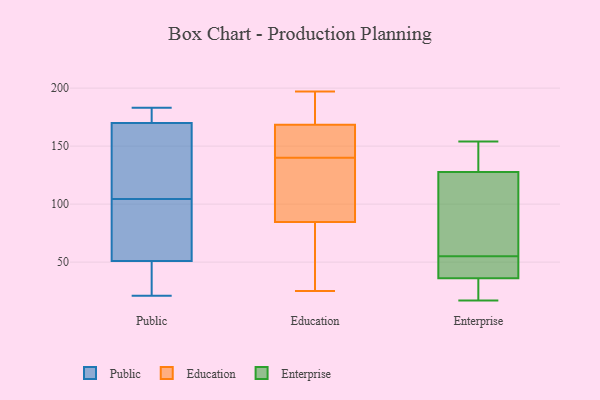
{"axis": {"x": "Active Users", "y": "Value"}, "legend": ["Education", "Enterprise", "Public"], "data": [{"x": "", "y": 182, "type": "Public"}, {"x": "", "y": 39, "type": "Public"}, {"x": "", "y": 167, "type": "Public"}, {"x": "", "y": 98, "type": "Public"}, {"x": "", "y": 51, "type": "Public"}, {"x": "", "y": 183, "type": "Public"}, {"x": "", "y": 55, "type": "Public"}, {"x": "", "y": 170, "type": "Public"}, {"x": "", "y": 111, "type": "Public"}, {"x": "", "y": 21, "type": "Public"}, {"x": "", "y": 123, "type": "Education"}, {"x": "", "y": 190, "type": "Education"}, {"x": "", "y": 158, "type": "Education"}, {"x": "", "y": 188, "type": "Education"}, {"x": "", "y": 197, "type": "Education"}, {"x": "", "y": 160, "type": "Education"}, {"x": "", "y": 142, "type": "Education"}, {"x": "", "y": 94, "type": "Education"}, {"x": "", "y": 177, "type": "Education"}, {"x": "", "y": 81, "type": "Education"}, {"x": "", "y": 48, "type": "Education"}, {"x": "", "y": 110, "type": "Education"}, {"x": "", "y": 59, "type": "Education"}, {"x": "", "y": 138, "type": "Education"}, {"x": "", "y": 187, "type": "Education"}, {"x": "", "y": 88, "type": "Education"}, {"x": "", "y": 55, "type": "Education"}, {"x": "", "y": 142, "type": "Education"}, {"x": "", "y": 147, "type": "Education"}, {"x": "", "y": 25, "type": "Education"}, {"x": "", "y": 119, "type": "Enterprise"}, {"x": "", "y": 124, "type": "Enterprise"}, {"x": "", "y": 53, "type": "Enterprise"}, {"x": "", "y": 74, "type": "Enterprise"}, {"x": "", "y": 24, "type": "Enterprise"}, {"x": "", "y": 55, "type": "Enterprise"}, {"x": "", "y": 134, "type": "Enterprise"}, {"x": "", "y": 134, "type": "Enterprise"}, {"x": "", "y": 34, "type": "Enterprise"}, {"x": "", "y": 154, "type": "Enterprise"}, {"x": "", "y": 49, "type": "Enterprise"}, {"x": "", "y": 129, "type": "Enterprise"}, {"x": "", "y": 36, "type": "Enterprise"}, {"x": "", "y": 36, "type": "Enterprise"}, {"x": "", "y": 17, "type": "Enterprise"}]}